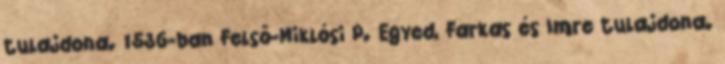
tulajdona. 1536-ban Felső-Miklósi P. Egyed, Farkas és Imre tulajdona.